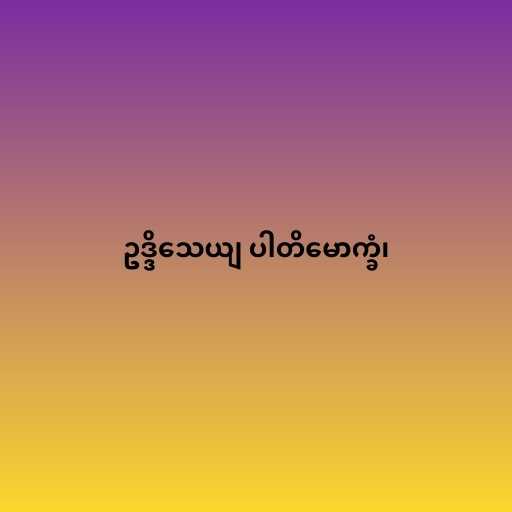
ဥဒ္ဒိသေယျ ပါတိမောက္ခံ၊